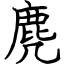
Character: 麂